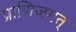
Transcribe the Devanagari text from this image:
प्राणिजगत्